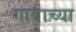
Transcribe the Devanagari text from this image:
गावाच्‍या